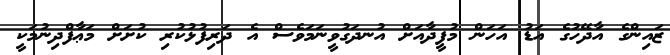
ޒައިންގެ އާދޭހުގެ އަޑު އަހަން މުފީދާއަށް އުނދަގުވީނަމަވެސް އެ ދަރިފުޅުކުރި ކުށަށް މަޢާފްދިނުމަކީ